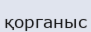
қорганыс